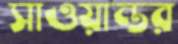
সাওয়ান্তর